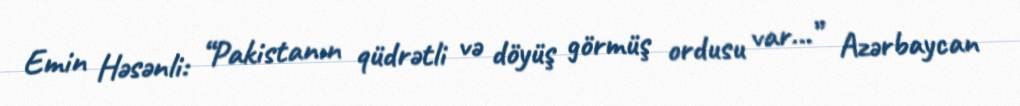
Emin Həsənli: “Pakistanın qüdrətli və döyüş görmüş ordusu var...” Azərbaycan